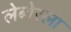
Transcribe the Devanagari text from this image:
लेबोरला